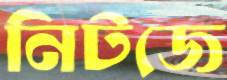
নিটজে